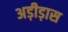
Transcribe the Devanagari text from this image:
अड़ीड़ास